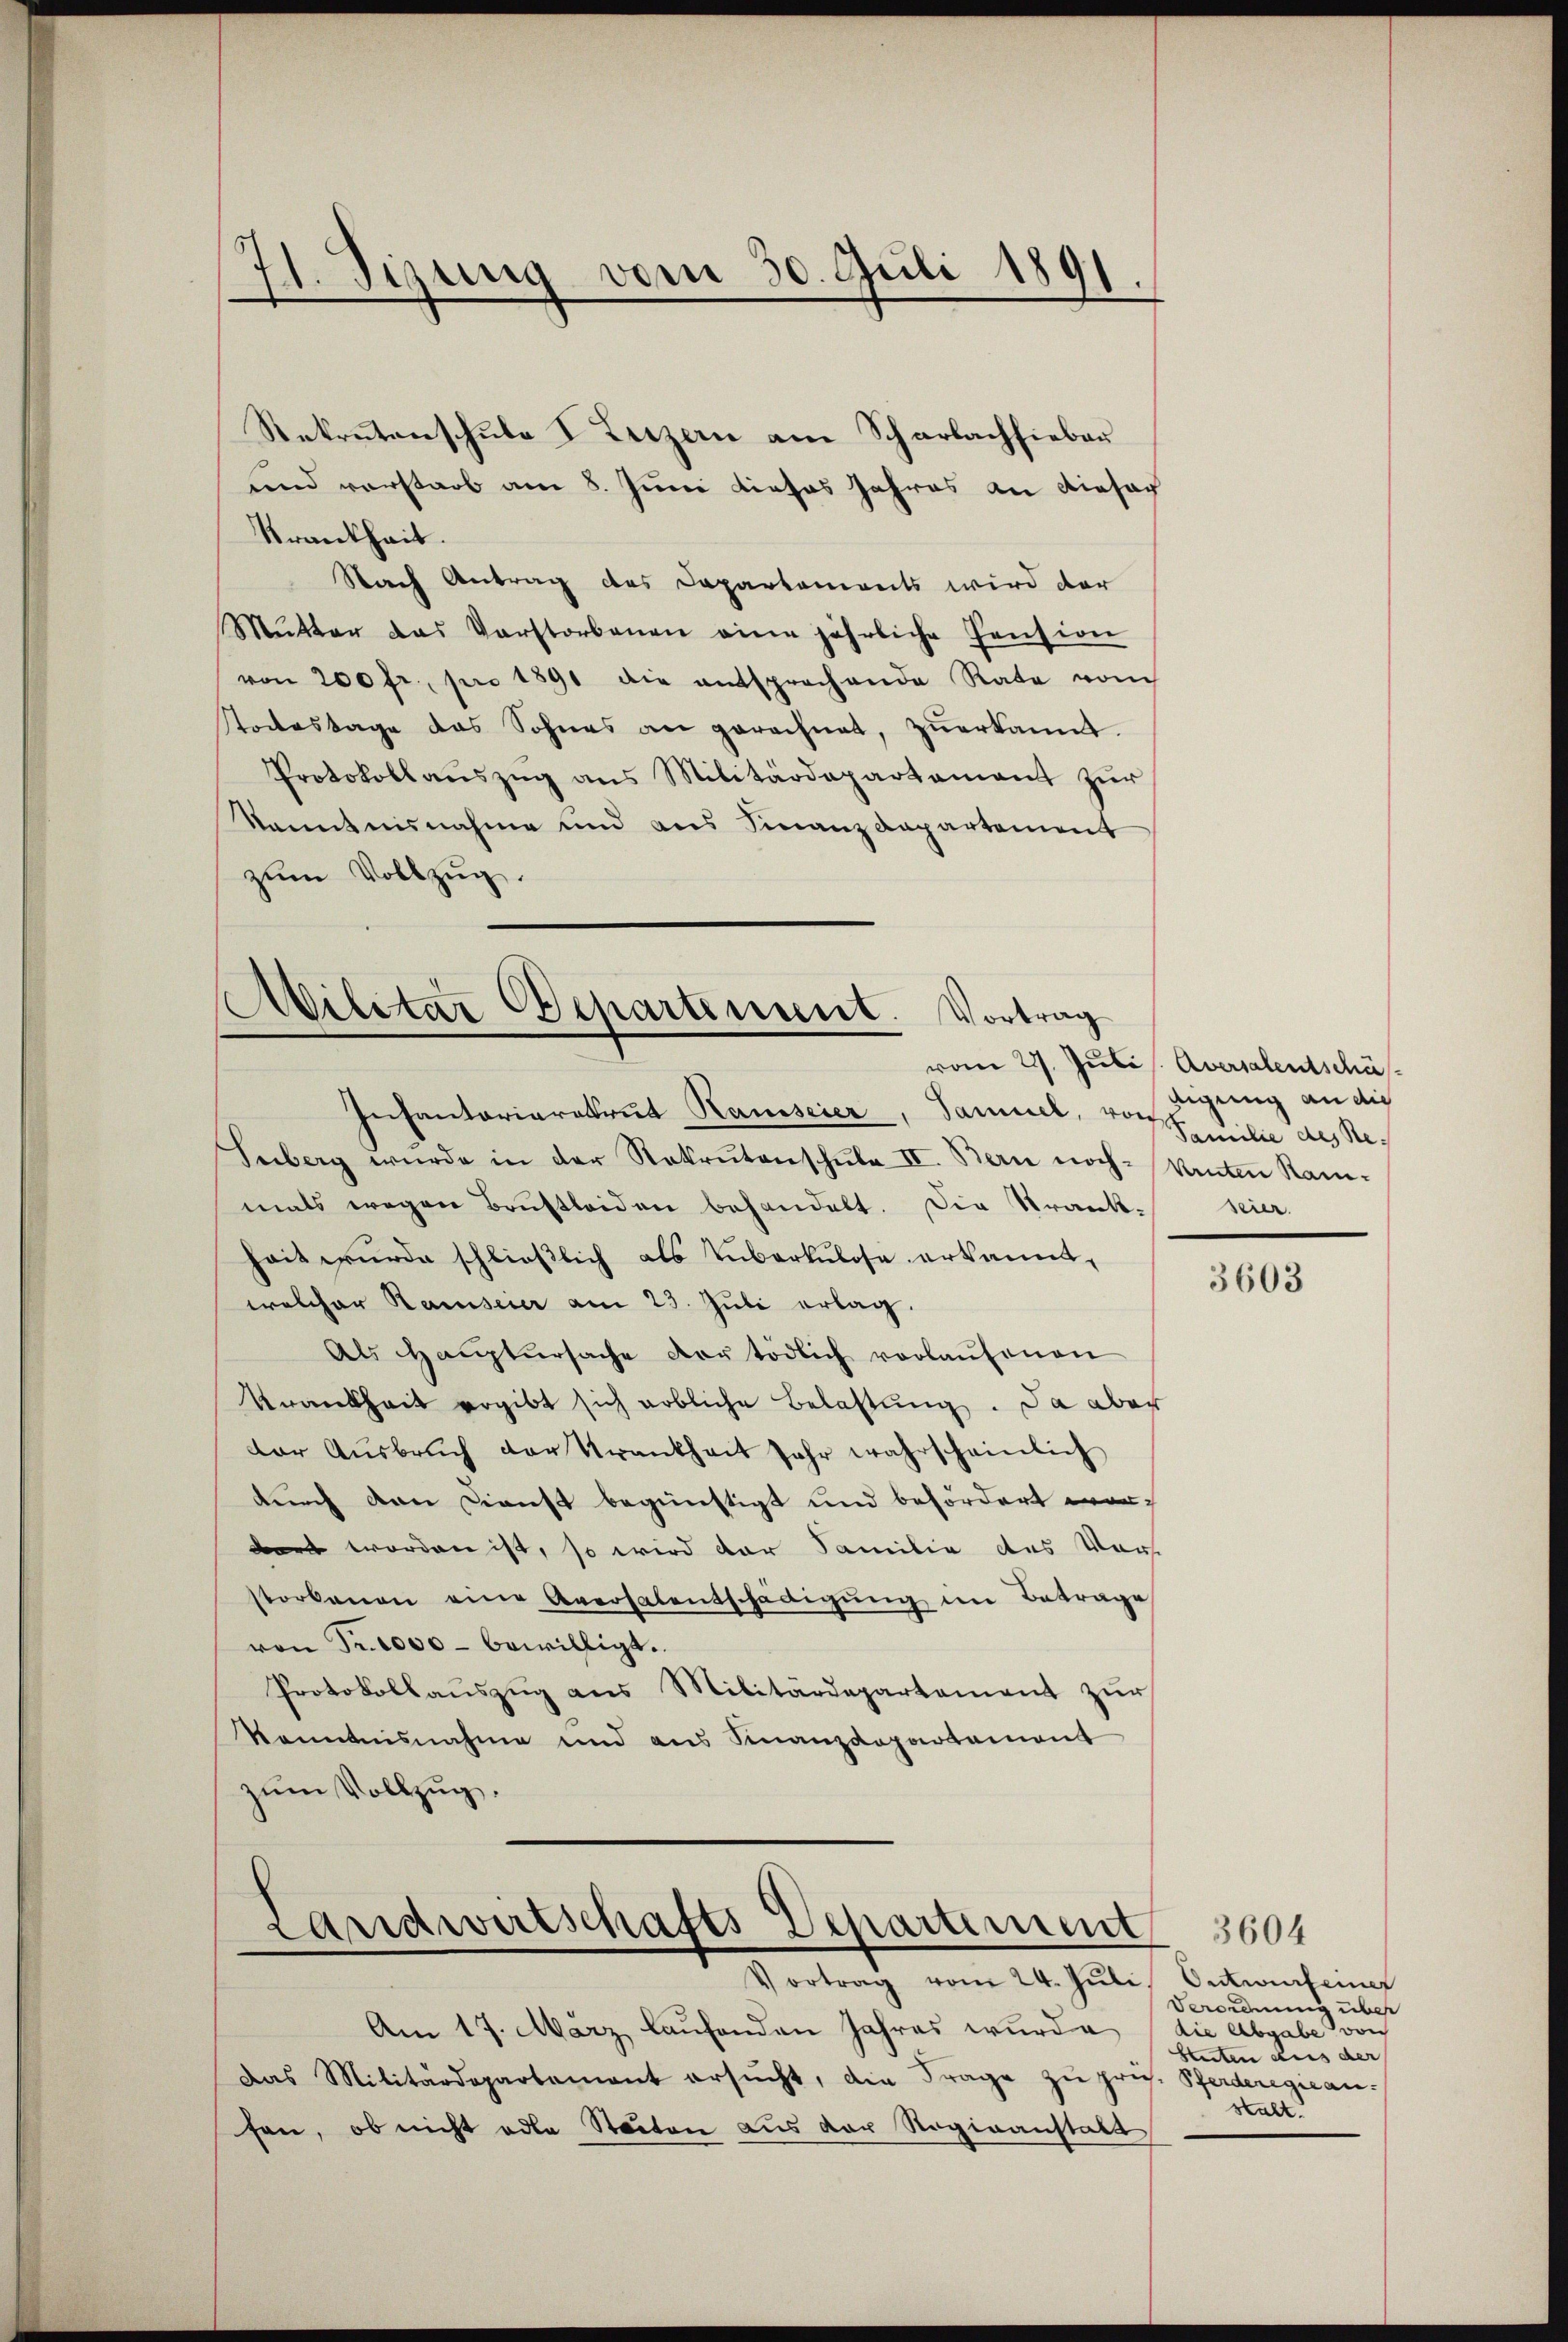
71. Sigung vom 30. Juli 1891.

Rekrutenschule I Luzern am Scharlachsieber
und verstarb am 8. Juni dieses Jahres an dieser
Krankheit.
Nach Antrag des Departements wird der
Mŭtter das Verstorbenen eine jährliche Pension
von 200 fr. pro 1891 die entsprochende Rate vom
stotestage das Sohnes an gerechnet, zŭerkannt.
Protokollaŭszŭg ans Militärdepartement zŭr
kanntnisnahme und aus Finanzdepartement
zum Vollzug.

Militar Departement. Vortrag

Infantoriaratrut Rausserer, Samuel, vor Familie des Re¬
Tuberg wurde in der Rekrutenschŭle II. Bern noch kanten Stam-
mals wegen Brustleiden behandelt. Die Strank- seier-
heit wurde schließlich als Zuberkulose erkannt,
welcher Ramseier am 23. Juli erlag.
Als Hauptursache der tödlich vorlaŭfenen
Krankheit ergibt sich erbliche Belastung. Da aber
der Aŭsbrŭch der Trankheit Jahr wahrscheinlich
durch den Dienst begünstigt und befördert wordert worden ist, so wird der Familie des Vor-
storbenen eine Aversalentschädigung im Betrage
von Fr. 1000 - bewilligt.
Protokollaŭszŭg ans Militärdepartement zŭr
Kenntnisnahme und ans Finanzdepartement
zum Vollzug.

Landwirtschafts Departiment 1604
Vortrag vom 24. Juli, Ontwurfeiner

Am 17. März laufenden Jahres wurde
Das Militärdepartement ersŭcht, die Frage zu prü. Pferderegicanfen, ob nicht oder Stadten aus der Regieanstalt

vom 22. Julis Aversalentschäf
eigung an die

3603

Verordnung über
die Abgabe von
Stuten aus der
stalt.